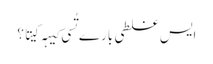
‏ ایس غلطی بارے تُسی کیہہ کیتا؟